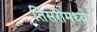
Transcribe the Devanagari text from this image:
तिसरीमध्ये